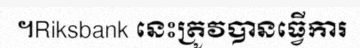
។Riksbank នេះត្រូវបានធ្វើការ